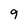
Character: 9